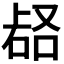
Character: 𱴅